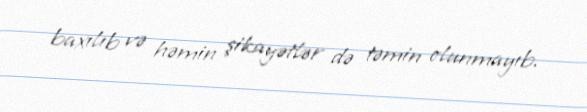
baxılıb və həmin şikayətlər də təmin olunmayıb.